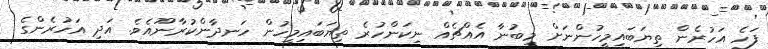
ފަހެ އަހުރެން ތިޔަބައިމީހުންނަށް މިބުނާ އެއްޗެއް ނިކަންހުރެ ތިޔަބައިމީހުން ހަނދާންކުރާނޫއެވެ. އަދި އަހުރެންގެ